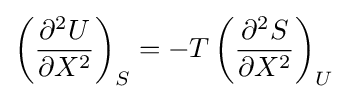
\left({\frac {\partial ^{2}U}{\partial X^{2}}}\right)_{S}=-T\left({\frac {\partial ^{2}S}{\partial X^{2}}}\right)_{U}